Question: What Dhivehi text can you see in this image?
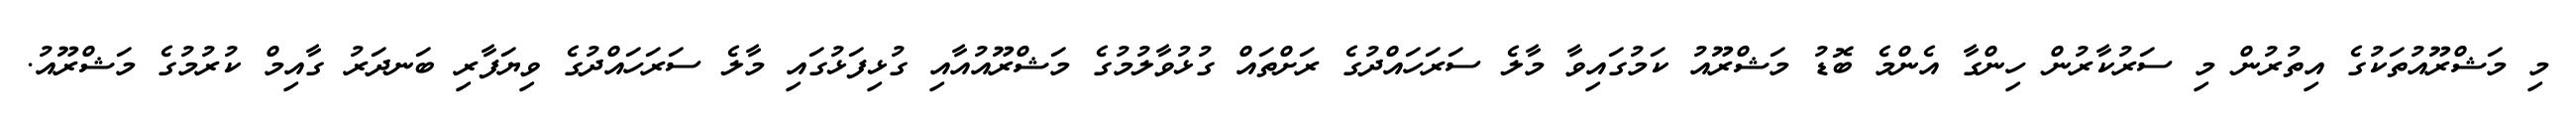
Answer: މި މަޝްރޫއުތަކުގެ އިތުރުން މި ސަރުކާރުން ހިންގާ އެންމެ ބޮޑު މަޝްރޫއު ކަމުގައިވާ މާލެ ސަރަހައްދުގެ ރަށްތައް ގުޅުވާލުމުގެ މަޝްރޫއުއާއި ގުޅިފަޅުގައި މާލެ ސަރަހައްދުގެ ވިޔަފާރި ބަނދަރު ގާއިމް ކުރުމުގެ މަޝްރޫއު.